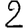
Digit: 2